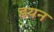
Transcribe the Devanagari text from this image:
डयन